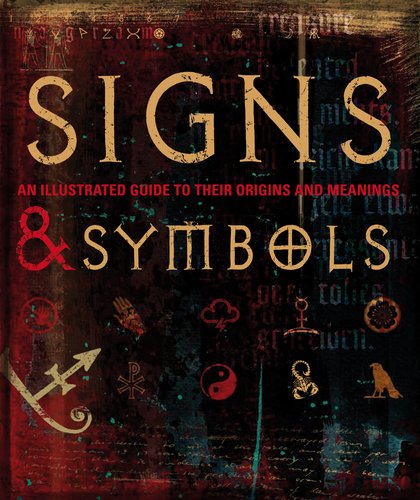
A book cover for Signs and Symbols; DK Publishing; Politics & Social Sciences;